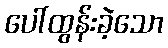
ပေါ်ထွန်းခဲ့သော